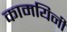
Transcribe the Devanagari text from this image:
कामयिनी